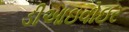
ડીઆઇવોઇર